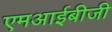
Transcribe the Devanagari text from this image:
एमआईबीजी